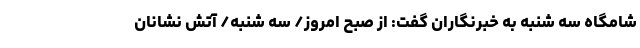
شامگاه سه شنبه به خبرنگاران گفت: از صبح امروز/ سه شنبه/ آتش نشانان